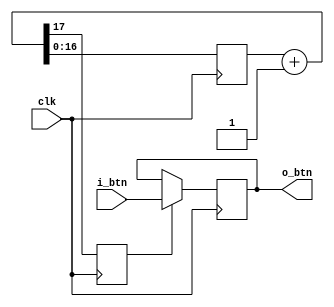
module debouncer(
		// output
		o_btn,
		// input
		i_btn,
		clk
    );

	output wire o_btn;
	input i_btn, clk;
	
	reg btn = 1'b0;
	reg clk_slow;
	reg [16:0] ctr = 17'b000000000000000000;
	wire [17:0] ctr_inc;
	
	assign ctr_inc = ctr + 1;
	
	always @(posedge clk) begin
		ctr <= ctr_inc[16:0];
		clk_slow <= ctr_inc[17];
		if (clk_slow)
			btn <= i_btn;
	end
	
	assign o_btn = btn;

endmodule